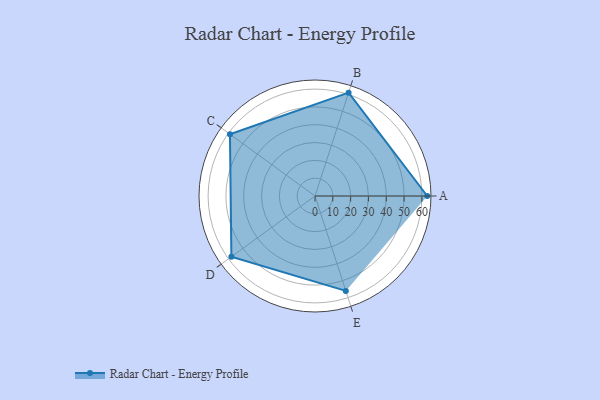
{"axis": {"x": "Skill", "y": "Score"}, "legend": ["Profile"], "data": [{"x": "A", "y": 63.0, "type": "Profile"}, {"x": "B", "y": 61.0, "type": "Profile"}, {"x": "C", "y": 59.0, "type": "Profile"}, {"x": "D", "y": 58.0, "type": "Profile"}, {"x": "E", "y": 56.0, "type": "Profile"}]}